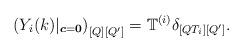
LaTeX: \begin{align*}\left(Y_i(k)|_{\boldsymbol{c}=\boldsymbol{0}}\right)_{[Q][Q']}=\mathbb{T}^{(i)}\delta_{[QT_i][Q']}.\end{align*}